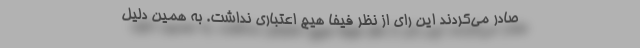
صادر می‌کردند این رای از نظر فیفا هیچ اعتباری نداشت. به همین دلیل